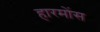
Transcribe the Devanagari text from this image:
हारमोंस